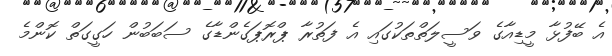
އެ ބޭފުޅާ މީޑިއާގެ ވަސީލަތްތަކުގައި އެ ފަތުރާ ޕްރޮޕަގެންޑާގެ ސަބަބުން ހަގީގަތް ކޮންމެ